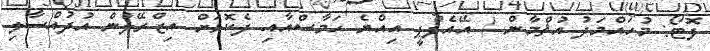
ފޮޓޯ: މުހައްމަދު އުޘްމާން / އޭއެފްޕީ އިއްޔެ ހަމާސްއާއި ދެކޮޅަށް އިޒްރޭލުން އުދުއްސާލި